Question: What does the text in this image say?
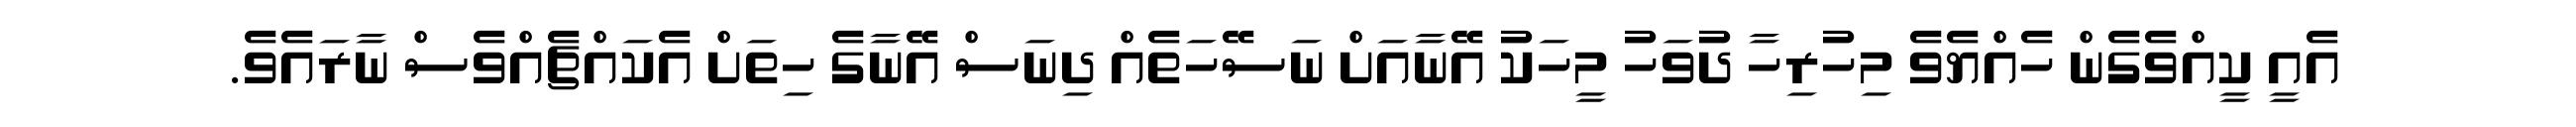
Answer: އެއީ ކީއްވެގެން ހެއްޔެވެ މިހުރިހާ ދުވަހު މީހަކު އޭނާއަށް ނަސޭހަތެއް ދިނަސް އޭނާގެ ހިތަށް އެކައްޗެއްވެސް ނާރައެވެ.